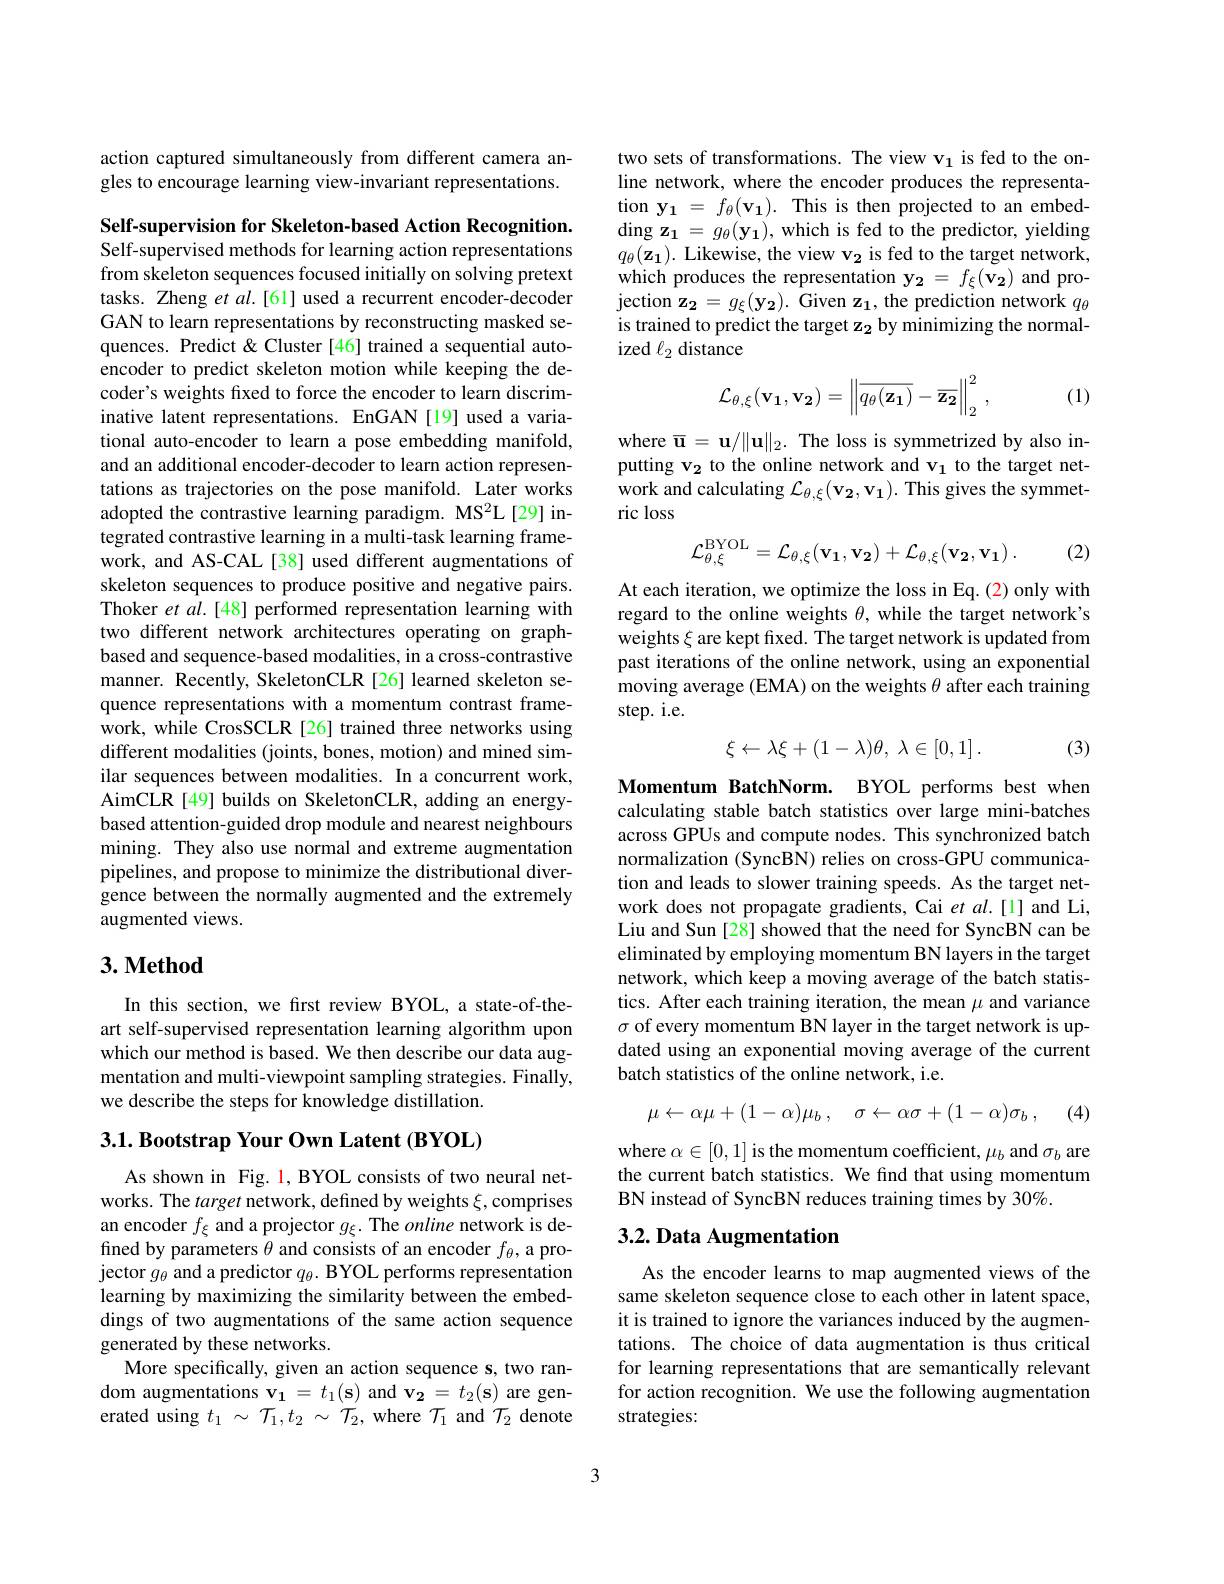
action captured simultaneously from different camera angles to encourage learning view-invariant representations.

Self-supervision for Skeleton-based Action Recognition. Self-supervised methods for learning action representations from skeleton sequences focused initially on solving pretext tasks. Zheng et al.[61] used a recurrent encoder-decoder GAN to learn representations by reconstructing masked sequences. Predict & Cluster [46] trained a sequential autoencoder to predict skeleton motion while keeping the decoder's weights fxed to force the encoder to learn discriminative latent representations. EnGAN[19] used a variational auto-encoder to learn a pose embedding manifold, and an additional encoder-decoder to learn action representations as trajectories on the pose manifold. Later works adopted the contrastive learning paradigm. MS2L[29] integrated contrastive learning in a multi-task learning framework, and AS-CAL[38] used different augmentations of skeleton sequences to produce positive and negative pairs. Thoker $etal.[48]$ performed representation learning with two different network architectures operating on graphbased and sequence-based modalities, in a cross-contrastive manner. Recently, SkeletonCLR [26] learned skeleton sequence representations with a momentum contrast frame- $\hat{\mathrm{work,~while~CrosSCLR~[26]~trained~three~networks~using}}$ different modalities (joints, bones, motion) and mined similar sequences between modalities. In a concurrent work, AimCLR[49] builds on SkeletonCLR, adding an energybased attention-guided drop module and nearest neighbours mining. They also use normal and extreme augmentation pipelines, and propose to minimize the distributional divergence between the normally augmented and the extremely augmented views.

## $3. \textbf{Method}$

In this section, we first review BYOL, a state-of-theart self-supervised representation learning algorithm upon which our method is based. We then describe our data augmentation and multi-viewpoint sampling strategies. Finally, we describe the steps for knowledge distillation.

## $3. 1. \textbf{Bootstrap Your Own Latent ( BYOL) }$

As shown in Fig. 1, BYOL consists of two neural networks. The target network, defined by weights $\xi$,comprises an encoder $f_\xi$ and a projector $g_\xi.$ The online network is defined by parameters $\theta$ and consists of an encoder $f_\theta$, a projector $g_\theta$ and a predictor $q_\theta.$ BYOL performs representation learning by maximizing the similarity between the embeddings of two augmentations of the same action sequence generated by these networks.
More specifically, given an action sequence s, two ran- ${\mathrm{dom~augmentations~v_1~=~}t_1(\mathbf{s})\mathrm{~and~v_2~=~}t_2(\mathbf{s})\mathrm{~are~gen-}}$ erated using $t_1~\sim~\mathcal{T}_1,t_2~\sim~\mathcal{T}_2,~$where $\mathcal{T}_1~$and $\mathcal{T}_2~$denote

two sets of transformations. The view v$_1$ is fed to the online network, where the encoder produces the representation $\mathbf{y_{1}}=f_{\theta}(\mathbf{v_{1}}).$ This is then projected to an embed- $\operatorname{ding}\mathbf{z_1}=g_\theta(\mathbf{y_1})$,which is fed to the predictor, yielding $q_{\theta}(\mathbf{z_1}).$ Likewise, the view v$_\mathbf{2}$ is fed to the target network which produces the representation $\mathbf{y_2}=f_\xi(\mathbf{v_2})$ and projection $\mathbf{z_{2}}=g_{\xi}(\mathbf{y_{2}}).$ Given z$_1$, the prediction network $q_\theta$ is trained to predict the target z$_2$ by minimizing the normalized $\ell_2$ distance

(1)
$$\mathcal{L}_{\theta,\xi}(\mathbf{v_1},\mathbf{v_2})=\left\|\overline{q_\theta(\mathbf{z_1})}-\overline{\mathbf{z_2}}\right\|_2^2\:,$$
where $\overline{\mathbf{u}}=\mathbf{u}/\|\mathbf{u}\|_{2}.$ The loss is symmetrized by also inputting v$_2$ to the online network and v$_1$ to the target network and calculating $\mathcal{L}_\theta,\xi(\mathbf{v_2},\mathbf{v_1}).$ This gives the symmetric loss
$$\mathcal{L}_{\theta,\xi}^{\mathrm{BYOL}}=\mathcal{L}_{\theta,\xi}(\mathbf{v_{1}},\mathbf{v_{2}})+\mathcal{L}_{\theta,\xi}(\mathbf{v_{2}},\mathbf{v_{1}})\:.$$
(2)

At each iteration, we optimize the loss in Eq. (2) only with regard to the online weights $\theta$, while the target network's weights $\xi$ are kept fixed. The target network is updated from past iterations of the online network, using an exponential moving average (EMA) on the weights $\theta$ after each training step. i.e.
$$\xi\leftarrow\lambda\xi+(1-\lambda)\theta,\:\lambda\in[0,1]\:.$$
(3)

Momentum BatchNorm. BYOL performs best when calculating stable batch statistics over large mini-batches across GPUs and compute nodes. This synchronized batch normalization (SyncBN) relies on cross-GPU communication and leads to slower training speeds. As the target network does not propagate gradients, Cai et al.[1] and Li, Liu and Sun [28] showed that the need for SyncBN can be eliminated by employing momentum BN layers in the target network, which keep a moving average of the batch statistics. After each training iteration, the mean $\mu$ and variance $\sigma$ of every momentum BN layer in the target network is updated using an exponential moving average of the current batch statistics of the online network, i.e.
$$\mu\leftarrow\alpha\mu+(1-\alpha)\mu_b\:,\quad\sigma\leftarrow\alpha\sigma+(1-\alpha)\sigma_b\:,$$
(4)

where $\alpha\in[0,1]$ is the momentum coefficient, $\mu_b$ and $\sigma_b$ are the current batch statistics. We find that using momentum BN instead of SyncBN reduces training times by 30%.

## 3.2. Data Augmentation

As the encoder learns to map augmented views of the same skeleton sequence close to each other in latent space, it is trained to ignore the variances induced by the augmentations. The choice of data augmentation is thus critical for learning representations that are semantically relevant for action recognition. We use the following augmentation strategies:

3